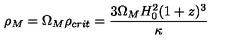
\rho _ { M } = \Omega _ { M } \rho _ { c r i t } = \frac { 3 \Omega _ { M } H _ { 0 } ^ { 2 } ( 1 + z ) ^ { 3 } } { \kappa }